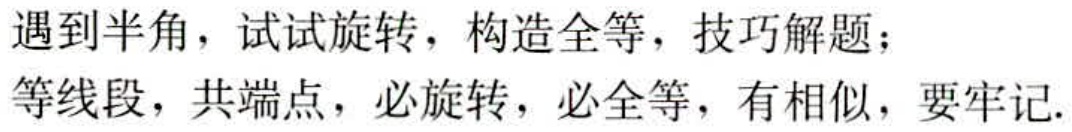
遇到半角，试试旋转，构造全等，技巧解题；

等线段，共端点，必旋转，必全等，有相似，要牢记.